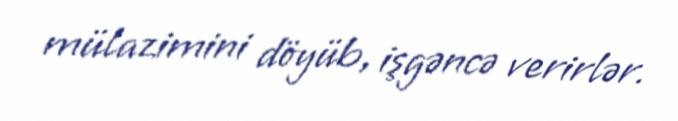
mülazimini döyüb, işgəncə verirlər.